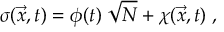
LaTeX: \sigma ( \vec { x } , t ) = \phi ( t ) \; \sqrt { N } + \chi ( \vec { x } , t ) \; ,